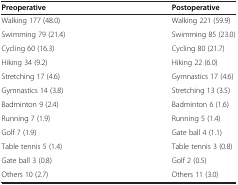
<table><thead><tr><td><b>Preoperative</b></td><td><b>Postoperative</b></td></tr></thead><tbody><tr><td>Walking 177 (48.0)</td><td>Walking 221 (59.9)</td></tr><tr><td>Swimming 79 (21.4)</td><td>Swimming 85 (23.0)</td></tr><tr><td>Cycling 60 (16.3)</td><td>Cycling 80 (21.7)</td></tr><tr><td>Hiking 34 (9.2)</td><td>Hiking 22 (6.0)</td></tr><tr><td>Stretching 17 (4.6)</td><td>Gymnastics 17 (4.6)</td></tr><tr><td>Gymnastics 14 (3.8)</td><td>Stretching 13 (3.5)</td></tr><tr><td>Badminton 9 (2.4)</td><td>Badminton 6 (1.6)</td></tr><tr><td>Running 7 (1.9)</td><td>Running 5 (1.4)</td></tr><tr><td>Golf 7 (1.9)</td><td>Gate ball 4 (1.1)</td></tr><tr><td>Table tennis 5 (1.4)</td><td>Table tennis 3 (0.8)</td></tr><tr><td>Gate ball 3 (0.8)</td><td>Golf 2 (0.5)</td></tr><tr><td>Others 10 (2.7)</td><td>Others 11 (3.0)</td></tr></tbody></table>